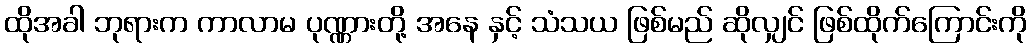
ထိုအခါ ဘုရားက ကာလာမ ပုဏ္ဏားတို့ အနေ နှင့် သံသယ ဖြစ်မည် ဆိုလျှင် ဖြစ်ထိုက်ကြောင်းကို